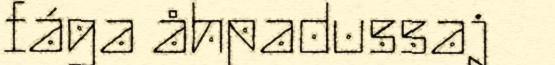
fága åhpadussaj